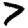
Digit: 7